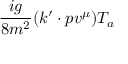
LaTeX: { \frac { i g } { 8 m ^ { 2 } } } ( k ^ { \prime } \cdot p v ^ { \mu } ) T _ { a }